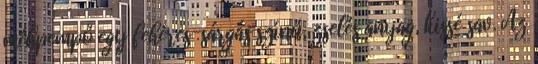
méhpempő egy fehéres-sárgás színű, zselés anyag, kissé sav. Az